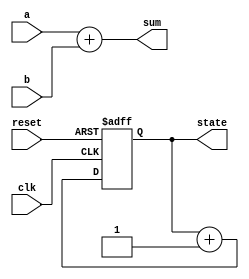
module example_design (
    input wire clk,          // Clock input
    input wire reset,        // Reset input
    input wire [3:0] a,      // 4-bit input a
    input wire [3:0] b,      // 4-bit input b
    output reg [4:0] sum,    // 5-bit output for sum (a + b)
    output reg [3:0] state   // 4-bit state register
);

// Combinational Logic using always @*
always @* begin
    // Calculate sum of a and b
    sum = a + b; // Sum is updated immediately based on inputs a and b
end

// Sequential Logic using always @(posedge clk)
always @(posedge clk or posedge reset) begin
    if (reset) begin
        // Asynchronous reset
        state <= 4'b0000; // Reset state to 0
    end else begin
        // Update state on clock edge
        state <= state + 1; // Increment state
    end
end

endmodule